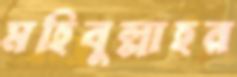
মহিবুল্লাহর